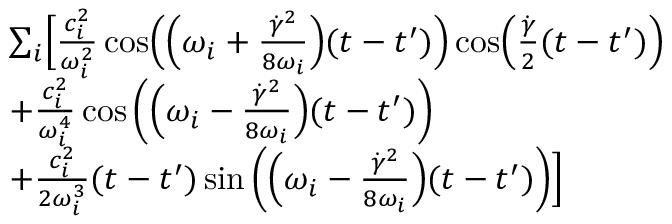
\begin{array} { r l } & { \sum _ { i } \Bigl [ \frac { c _ { i } ^ { 2 } } { \omega _ { i } ^ { 2 } } \cos \Bigl ( \Bigl ( \omega _ { i } + \frac { \dot { \gamma } ^ { 2 } } { 8 \omega _ { i } } \Bigr ) ( t - t ^ { \prime } ) \Bigr ) \cos \Bigl ( \frac { \dot { \gamma } } { 2 } ( t - t ^ { \prime } ) \Bigr ) } \\ & { + \frac { c _ { i } ^ { 2 } } { \omega _ { i } ^ { 4 } } \cos \left( \Bigl ( \omega _ { i } - \frac { \dot { \gamma } ^ { 2 } } { 8 \omega _ { i } } \Bigr ) ( t - t ^ { \prime } ) \right) } \\ & { + \frac { c _ { i } ^ { 2 } } { 2 \omega _ { i } ^ { 3 } } ( t - t ^ { \prime } ) \sin \left( \Bigl ( \omega _ { i } - \frac { \dot { \gamma } ^ { 2 } } { 8 \omega _ { i } } \Bigr ) ( t - t ^ { \prime } ) \right) \Bigr ] } \end{array}